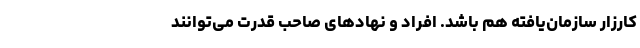
کارزار سازمان‌یافته هم باشد. افراد و نهادهای صاحب قدرت می‌توانند